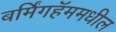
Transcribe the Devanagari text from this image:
बर्मिंगहॅममधील